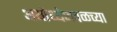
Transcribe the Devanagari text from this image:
अयोध्येजवळच्या